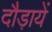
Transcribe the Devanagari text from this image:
दौड़ायें